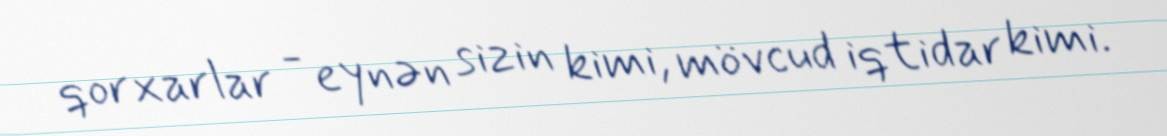
qorxarlar - eynən sizin kimi, mövcud iqtidar kimi.